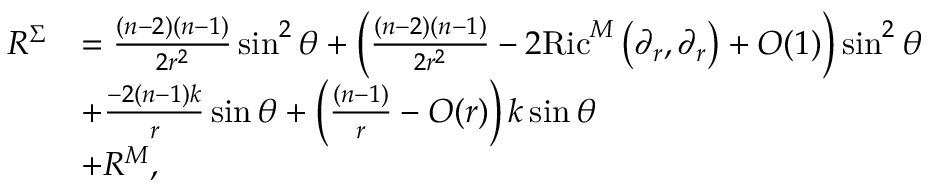
\begin{array} { r l } { R ^ { \Sigma } } & { = \frac { ( n - 2 ) ( n - 1 ) } { 2 r ^ { 2 } } \sin ^ { 2 } \theta + \left( \frac { ( n - 2 ) ( n - 1 ) } { 2 r ^ { 2 } } - 2 \mathrm { R i c } ^ { M } \left( \partial _ { r } , \partial _ { r } \right) + O ( 1 ) \right) \sin ^ { 2 } \theta } \\ & { + \frac { - 2 ( n - 1 ) k } { r } \sin \theta + \left( \frac { ( n - 1 ) } { r } - O ( r ) \right) k \sin \theta } \\ & { + R ^ { M } , } \end{array}